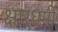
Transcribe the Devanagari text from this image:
क्षारधर्मी